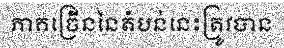
ភាគច្រើននៃតំបន់នេះត្រូវបាន